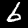
Digit: 6